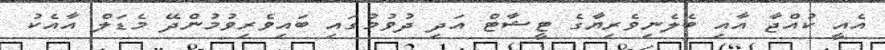
އެއީ ކުއްޖާ އާއި ބެލެނިވެރިޔާގެ ޓީޝާޓް އަދި ދުވުމުގައި ބައިވެރިވުމުންދޭ މެޑަލް އާއެކު